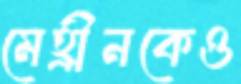
মেহ্রীনকেও